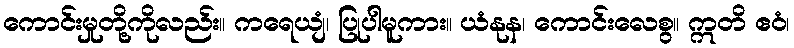
ကောင်းမှုတို့ကိုလည်း။ ကရေယျံ၊ ပြုပါမူကား။ ယံနုန၊ ကောင်းလေစွ။ ဣတိ ဧဝံ၊